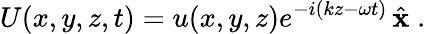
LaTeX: U(x,y,z,t)=u(x,y,z)e^{-i(kz-\omega t)}\, {\hat{\mathbf{x}}}\; .